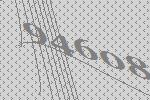
94608